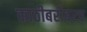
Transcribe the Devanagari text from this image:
काठीबरोबरच